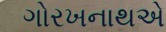
ગોરખનાથએ